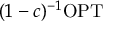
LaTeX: ( 1 - c ) ^ { - 1 } \mathrm { O P T }